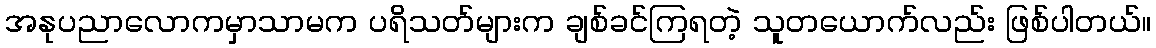
အနုပညာလောကမှာသာမက ပရိသတ်များက ချစ်ခင်ကြရတဲ့ သူတယောက်လည်း ဖြစ်ပါတယ်။